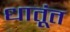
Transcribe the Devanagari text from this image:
धातूंत